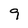
Character: 9